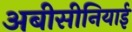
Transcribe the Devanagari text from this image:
अबीसीनियाई